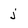
Character: j